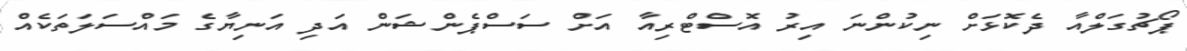
ޕޯޗުގަލްއާ ދެކޮޅަށް ނިކުންނަ އިރު އޮސްޓްރިއާ އަށް ސަސްޕެންޝަން އަދި އަނިޔާގެ މައްސަލަތަކެއް